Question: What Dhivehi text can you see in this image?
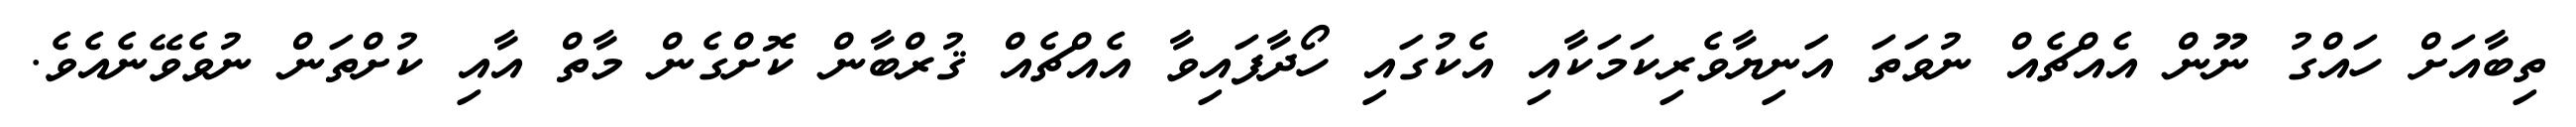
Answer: ތިބާއަށް ހައްގު ނޫން އެއްޗެއް ނުވަތަ އަނިޔާވެރިކަމަކާއި އެކުގައި ހޯދާފައިވާ އެއްޗެއް ޤުރްބާން ކޮށްގެން މާތް އާއި ކުށްތަން ނުވެވޭނެއެވެ.